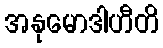
အနုမောဒါဟီတိ